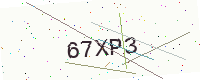
Text: 67XP3